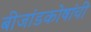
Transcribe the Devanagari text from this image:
बीजांडकोषांची